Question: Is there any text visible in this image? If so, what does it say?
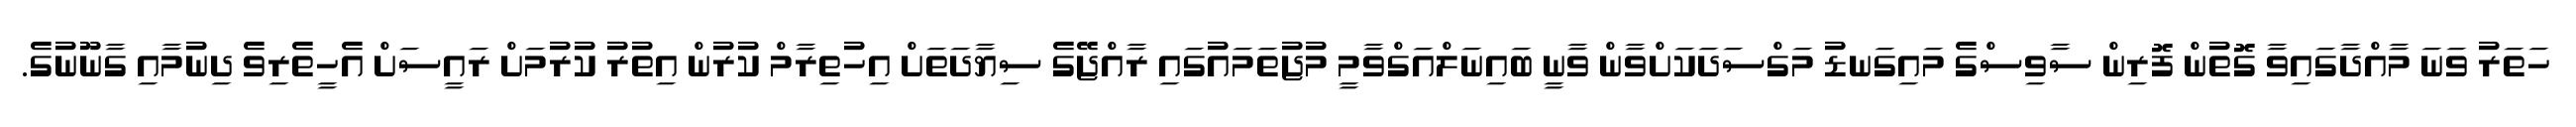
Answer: ހަތަރު ވަނަ މާއްދާގައިވާ ގޮތުން ފޮރިން ސާވިސްގެ މައިގަނޑު މަގްސަދަކަށްވާން ވާނީ ބައިނަލްއަގްވާމީ މުޖުތަމައުގައި ރާއްޖޭގެ ސިޔާދަތަށް އިހުތިރާމް ކުރުން އިތުރު ކުރުމަށް ރައީސަށް އެހީތެރިވެ ދިނުމާއި ގާނޫނުގެ.